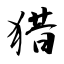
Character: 猎